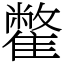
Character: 䨆